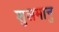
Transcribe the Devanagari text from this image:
शुलमानु